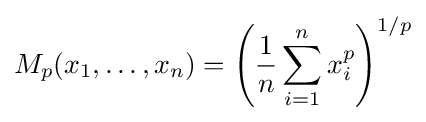
M_{p}(x_{1},\dots ,x_{n})=\left({\frac {1}{n}}\sum _{i=1}^{n}x_{i}^{p}\right)^{1/p}